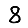
Digit: 8